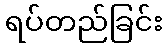
ရပ်တည်ခြင်း